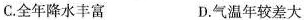
C.全年降水丰富 D.气温年较差大